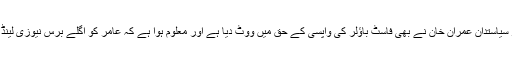
سب سے مشہور پاکستانی کرکٹر اور سیاستدان عمران خان نے بھی فاسٹ باؤلر کی واپسی کے حق میں ووٹ دیا ہے اور معلوم ہوا ہے کہ عامر کو اگلے برس نیوزی لینڈ کا ویزہ ملنے کا بھی قوی امکان ہے۔